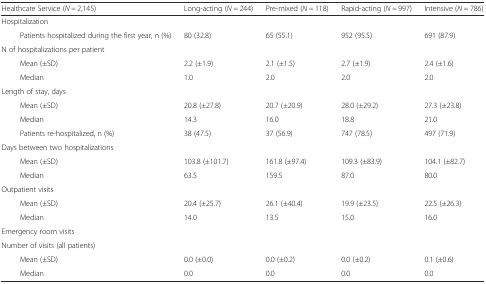
<table><thead><tr><td><b>Healthcare Service (<i>N =</i> 2,145)</b></td><td><b>Long-acting (<i>N =</i> 244)</b></td><td><b>Pre-mixed (<i>N =</i> 118)</b></td><td><b>Rapid-acting (<i>N =</i> 997)</b></td><td><b>Intensive (<i>N =</i> 786)</b></td></tr></thead><tbody><tr><td colspan="5">Hospitalization</td></tr><tr><td>Patients hospitalized during the first year, n (%)</td><td>80 (32.8)</td><td>65 (55.1)</td><td>952 (95.5)</td><td>691 (87.9)</td></tr><tr><td colspan="5">N of hospitalizations per patient</td></tr><tr><td>Mean (±SD)</td><td>2.2 (±1.9)</td><td>2.1 (±1.5)</td><td>2.7 (±1.9)</td><td>2.4 (±1.6)</td></tr><tr><td>Median</td><td>1.0</td><td>2.0</td><td>2.0</td><td>2.0</td></tr><tr><td colspan="5">Length of stay, days</td></tr><tr><td>Mean (±SD)</td><td>20.8 (±27.8)</td><td>20.7 (±20.9)</td><td>28.0 (±29.2)</td><td>27.3 (±23.8)</td></tr><tr><td>Median</td><td>14.3</td><td>16.0</td><td>18.8</td><td>21.0</td></tr><tr><td>Patients re-hospitalized, n (%)</td><td>38 (47.5)</td><td>37 (56.9)</td><td>747 (78.5)</td><td>497 (71.9)</td></tr><tr><td colspan="5">Days between two hospitalizations</td></tr><tr><td>Mean (±SD)</td><td>103.8 (±101.7)</td><td>161.8 (±97.4)</td><td>109.3 (±83.9)</td><td>104.1 (±82.7)</td></tr><tr><td>Median</td><td>63.5</td><td>159.5</td><td>87.0</td><td>80.0</td></tr><tr><td colspan="5">Outpatient visits</td></tr><tr><td>Mean (±SD)</td><td>20.4 (±25.7)</td><td>26.1 (±40.4)</td><td>19.9 (±23.5)</td><td>22.5 (±26.3)</td></tr><tr><td>Median</td><td>14.0</td><td>13.5</td><td>15.0</td><td>16.0</td></tr><tr><td colspan="5">Emergency room visits</td></tr><tr><td colspan="5">Number of visits (all patients)</td></tr><tr><td>Mean (±SD)</td><td>0.0 (±0.0)</td><td>0.0 (±0.2)</td><td>0.0 (±0.2)</td><td>0.1 (±0.6)</td></tr><tr><td>Median</td><td>0.0</td><td>0.0</td><td>0.0</td><td>0.0</td></tr></tbody></table>